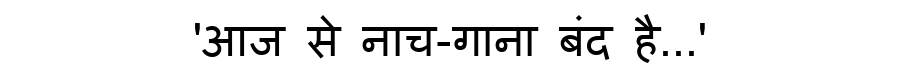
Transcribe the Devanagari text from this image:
'आज से नाच-गाना बंद है...'